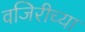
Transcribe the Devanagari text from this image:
वजिरीच्या